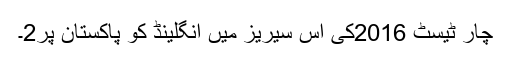
چار ٹیسٹ 2016کی اس سیریز میں انگلینڈ کو پاکستان پر2۔